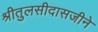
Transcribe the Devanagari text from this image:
श्रीतुलसीदासजीने